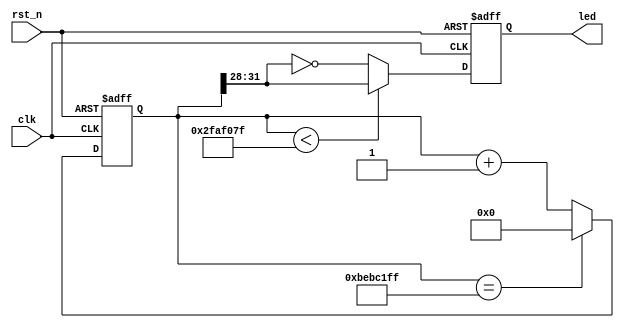

`timescale 1ns / 1ps
module led_test
(
	input           clk,           // system clock 50Mhz on board
	input           rst_n,         // reset ,low active
	output reg[3:0] led            // LED,use for control the LED signal on board
);

//define the time counter
reg [31:0]      timer;

// cycle counter:from 0 to 4 sec
always@(posedge clk or negedge rst_n)
begin
	if (rst_n == 1'b0)
		timer <= 32'd0;                     //when the reset signal valid,time counter clearin
	 else if (timer == 32'd199_999_999)      //4 seconds count(50M*4-1=199999999)
		timer <= 32'd0;                     //count done,clearing the time counter
	else
		timer <= timer + 32'd1;             //timer counter = timer counter + 1
end

// LED control

always@(posedge clk or negedge rst_n)
begin
	if (rst_n == 1'b0)
		led <= 4'b0000;                     //when the reset signal active
	else if (timer < 32'd49_999_999)       //time counter count less than 2 sec,LED lighten gradually
		led <= timer[31:28];                //use the high four bits of timer as the LED brightness level for all four LEDs
	else                                   //time counter count more than 2 sec,LED dim gradually
		led <= ~timer[31:28];               //use the inverse of the high four bits of timer as the LED brightness level for all four LEDs
end

	
endmodule